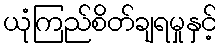
ယုံကြည်စိတ်ချရမှုနှင့်